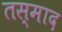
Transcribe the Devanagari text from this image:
तस्माद